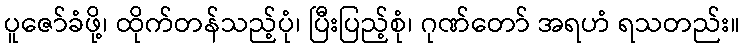
ပူဇော်ခံဖို့၊ ထိုက်တန်သည့်ပုံ၊ ပြီးပြည့်စုံ၊ ဂုဏ်တော် အရဟံ ရသတည်း။